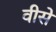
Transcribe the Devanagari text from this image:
वीसे